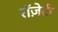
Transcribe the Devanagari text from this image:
रॉज़ेटी